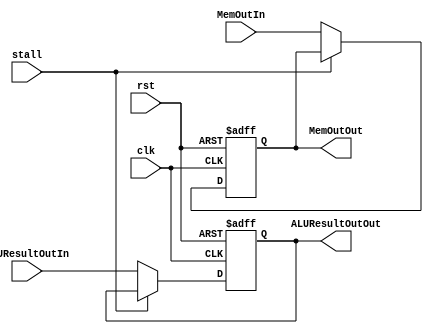
module MemoryReg(clk, rst, stall, MemOutIn, ALUResultOutIn, MemOutOut, ALUResultOutOut);
	input clk, rst, stall;
	input [15:0] MemOutIn, ALUResultOutIn;
	output reg [15:0] MemOutOut, ALUResultOutOut;

	parameter NOP = 16'b1110100000000000;
	parameter HALT = 16'b1110000000000000;

	always @(posedge clk or posedge rst) begin
		if (rst) begin
			MemOutOut <= 16'd0;
			ALUResultOutOut <= 16'd0;
		end
		else if (stall) begin
			MemOutOut <= MemOutOut;
			ALUResultOutOut <= ALUResultOutOut;
		end
		else begin
			MemOutOut <= MemOutIn;
			ALUResultOutOut <= ALUResultOutIn;
		end
	end
endmodule